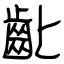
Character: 齔